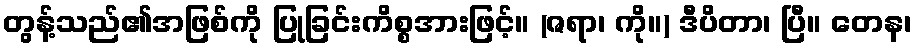
တွန့်သည်၏အဖြစ်ကို ပြုခြင်းကိစ္စအားဖြင့်။ (ဇရာ၊ ကို။) ဒီပိတာ၊ ပြီ။ တေန၊